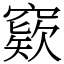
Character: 窽